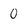
Character: 0